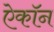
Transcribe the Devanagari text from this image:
ऐकॉन